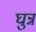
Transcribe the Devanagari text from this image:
घुन्न